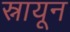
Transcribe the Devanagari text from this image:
स्नायून